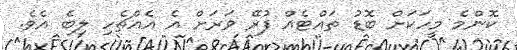
ކޮންމެ މީހަކަށް ބޮޑު ތައްޓެއް ފުރޭ ވަރަށް އެ އެއްޗެހި ލިބެ އެވެ.